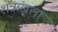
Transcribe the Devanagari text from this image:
शऋंखला